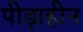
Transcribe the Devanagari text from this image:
पीड़ाहीन